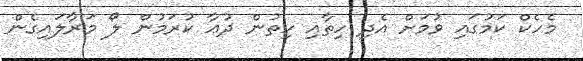
މެހެކް ކަމުގައި ވުމަށް އެދި ހިތާއި ހިތުން ދުޢާ ކުރަމުން ލޯ މަރާލައިގެން